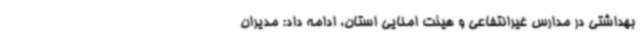
بهداشتی در مدارس غیرانتفاعی و هیئت امنایی استان، ادامه داد: مدیران